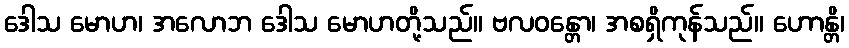
ဒေါသ မောဟ၊ အလောဘ ဒေါသ မောဟတို့သည်။ ဗလဝန္တော၊ အစရှိကုန်သည်။ ဟောန္တိ၊